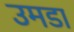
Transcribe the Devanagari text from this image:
उमडा